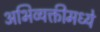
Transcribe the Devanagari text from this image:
अभिव्यक्तीमध्ये